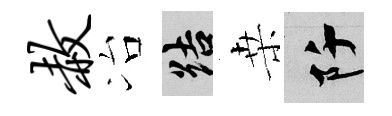
赦冶結桒阡